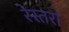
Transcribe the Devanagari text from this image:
रेस्‍तरां